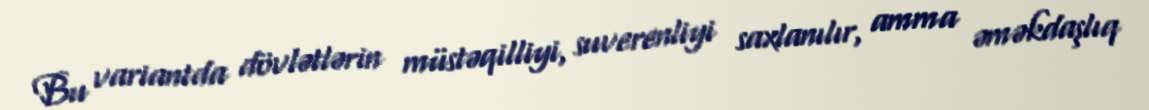
Bu variantda dövlətlərin müstəqilliyi, suverenliyi saxlanılır, amma əməkdaşlıq